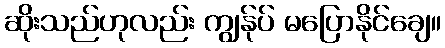
ဆိုးသည်ဟုလည်း ကျွန်ုပ် မပြောနိုင်ချေ။